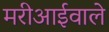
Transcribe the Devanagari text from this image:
मरीआईवाले